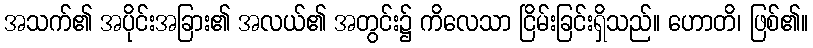
အသက်၏ အပိုင်းအခြား၏ အလယ်၏ အတွင်း၌ ကိလေသာ ငြိမ်းခြင်းရှိသည်။ ဟောတိ၊ ဖြစ်၏။